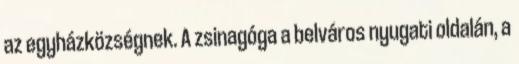
az egyházközségnek. A zsinagóga a belváros nyugati oldalán, a